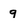
Character: g